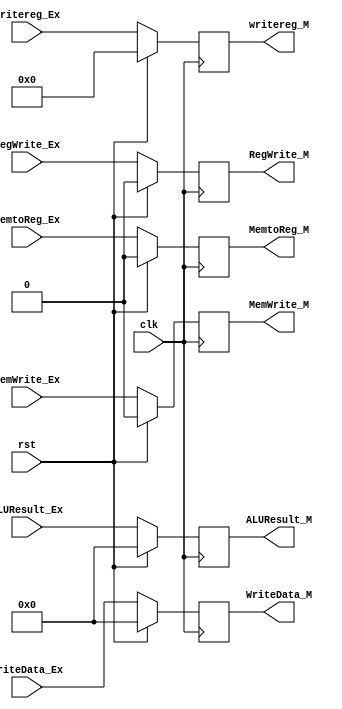
module EX_M(input clk,
            input rst,
            input [31:0] ALUResult_Ex,
            output reg [31:0] ALUResult_M,
            input [31:0] WriteData_Ex,
            output reg [31:0] WriteData_M,
            input [4:0] writereg_Ex,
            output reg [4:0] writereg_M,
            input RegWrite_Ex,
            output reg RegWrite_M,
            input MemtoReg_Ex, 
            output reg MemtoReg_M,
            input MemWrite_Ex, 
            output reg MemWrite_M);
  
	always@(posedge clk)
	
    begin
		if (rst)  begin
			ALUResult_M <= 0;
			WriteData_M <= 0;
			writereg_M <= 0;
			RegWrite_M <= 0;
			MemtoReg_M <= 0;
			MemWrite_M <= 0;
			end

		else begin
			ALUResult_M <= ALUResult_Ex;
			WriteData_M <= WriteData_Ex;
			writereg_M  <= writereg_Ex;
			RegWrite_M  <= RegWrite_Ex;
			MemtoReg_M  <= MemtoReg_Ex;
			MemWrite_M  <= MemWrite_Ex;
		end
    end
endmodule